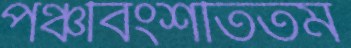
পঞ্চবিংশতিতম